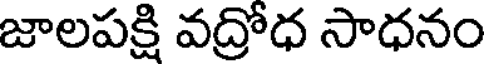
జాలపక్షి వద్రోధ సాధనం